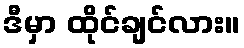
ဒီမှာ ထိုင်ချင်လား။